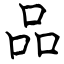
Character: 品